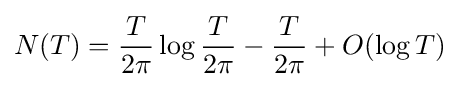
N(T)={\frac {T}{2\pi }}\log {\frac {T}{2\pi }}-{\frac {T}{2\pi }}+O(\log {T})